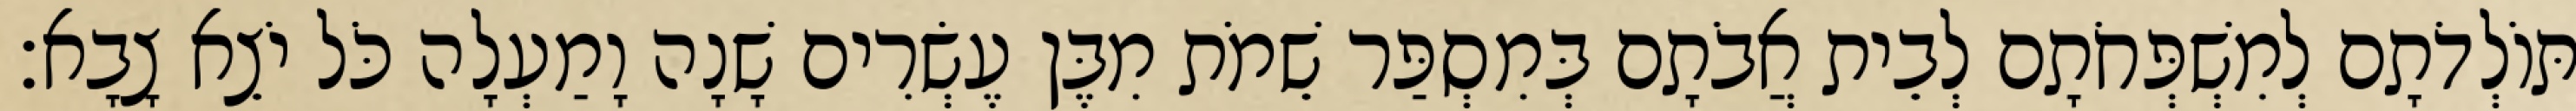
תּוֹלְדֹתָם לְמִשְׁפְּחֹתָם לְבֵית אֲבֹתָם בְּמִסְפַּר שֵׁמֹת מִבֶּן עֶשְׂרִים שָׁנָה וָמַעְלָה כֹּל יֹצֵא צָבָא׃